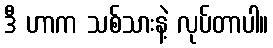
ဒီ ဟာက သစ်သားနဲ့ လုပ်တာပါ။